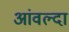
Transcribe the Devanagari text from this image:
आंवल्दा